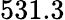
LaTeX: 531.3